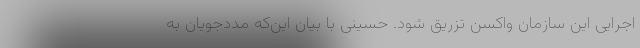
اجرایی این سازمان واکسن تزریق شود. حسینی با بیان این‌که مددجویان به